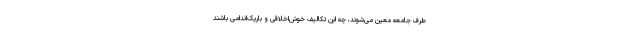
طرف جامعه معین می‌شوند، چه این تکالیف خوش‌اخلاقی و باریک‌اندامی باشند